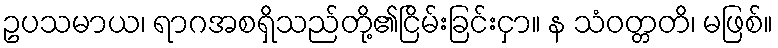
ဥပသမာယ၊ ရာဂအစရှိသည်တို့၏ငြိမ်းခြင်းငှာ။ န သံဝတ္တတိ၊ မဖြစ်။